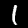
Digit: 1